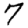
Digit: 7